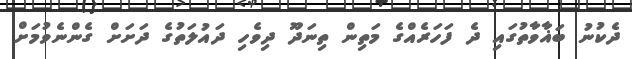
ދެކުނު ބަޣާވާތުގައި ދެ ފަހަރެއްގެ މަތިން ތިނަދޫ ދިވެހި ދައުލަތުގެ ދަށަށް ގެންނެވުމަށް